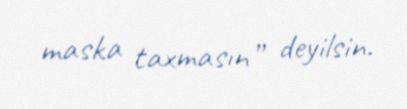
maska taxmasın” deyilsin.